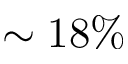
\sim 1 8 \%